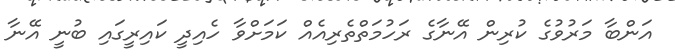
އަންބާ މަރުވުގެ ކުރިން އޭނާގެ ރަހުމަތްތެރިއެއް ކަމަށްވާ ހެއިދީ ކައިރީގައި ބުނީ އޭނާ